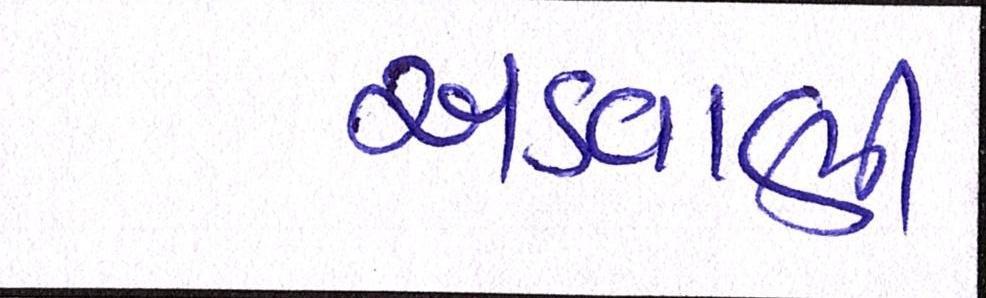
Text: અડવાણી